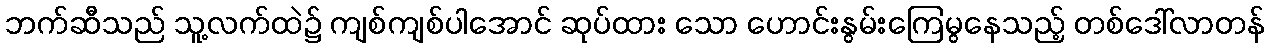
ဘက်ဆီသည် သူ့လက်ထဲ၌ ကျစ်ကျစ်ပါအောင် ဆုပ်ထား သော ဟောင်းနွမ်းကြေမွနေသည့် တစ်ဒေါ်လာတန်